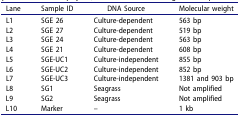
<table><thead><tr><td><b>Lane</b></td><td><b>Sample ID</b></td><td><b>DNA Source</b></td><td><b>Molecular weight</b></td></tr></thead><tbody><tr><td>L1</td><td>SGE 26</td><td>Culture-dependent</td><td>563 bp</td></tr><tr><td>L2</td><td>SGE 27</td><td>Culture-dependent</td><td>519 bp</td></tr><tr><td>L3</td><td>SGE 24</td><td>Culture-dependent</td><td>563 bp</td></tr><tr><td>L4</td><td>SGE 21</td><td>Culture-dependent</td><td>608 bp</td></tr><tr><td>L5</td><td>SGE-UC1</td><td>Culture-independent</td><td>855 bp</td></tr><tr><td>L6</td><td>SGE-UC2</td><td>Culture-independent</td><td>852 bp</td></tr><tr><td>L7</td><td>SGE-UC3</td><td>Culture-independent</td><td>1381 and 903 bp</td></tr><tr><td>L8</td><td>SG1</td><td>Seagrass</td><td>Not amplified</td></tr><tr><td>L9</td><td>SG2</td><td>Seagrass</td><td>Not amplified</td></tr><tr><td>L10</td><td>Marker</td><td>–</td><td>1 kb</td></tr></tbody></table>